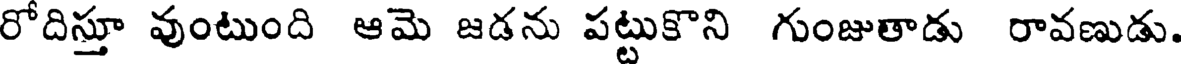
రోదిస్తూ వుంటుంది ఆమె జడను పట్టుకొని గుంజుతాడు రావణుడు.